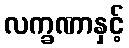
လက္ခဏာနှင့်